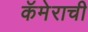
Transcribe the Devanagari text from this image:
कॅमेराची